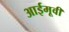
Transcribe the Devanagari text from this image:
आईमूवी